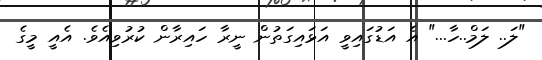
"ލަ.. ލަމް..ހާ..." އެ އަޑުގައިވީ އަޅައިގަތުން ނީރާ ހައިރާން ކުރުވިއެވެ. އެއީ މީގެ